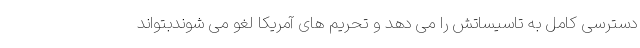
دسترسی کامل به تاسیساتش را می دهد و تحریم های آمریکا لغو می شوندبتواند